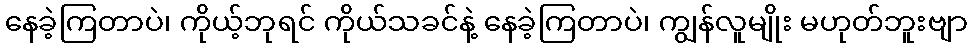
နေခဲ့ကြတာပဲ၊ ကိုယ့်ဘုရင် ကိုယ်သခင်နဲ့ နေခဲ့ကြတာပဲ၊ ကျွန်လူမျိုး မဟုတ်ဘူးဗျာ